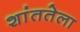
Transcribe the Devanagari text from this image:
शांततेला